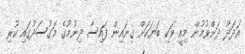
އަދަދު ދަށްވުމުން މިއީ ވަކި ބަޔަކަށް ގިނައިން ފައިސާ ދިނުމުގެ މަގުސަދުގައި ކުރި